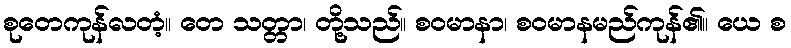
စုတေကုန်လတံ့။ တေ သတ္တာ၊ တို့သည်။ စဝမာနာ၊ စဝမာနမည်ကုန်၏။ ယေ စ